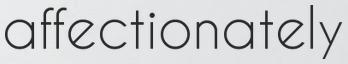
affectionately